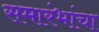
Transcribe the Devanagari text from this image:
समारंभांचा